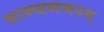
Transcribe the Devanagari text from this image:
भाग्यनगरम्